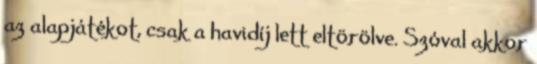
az alapjátékot, csak a havidíj lett eltörölve. Szóval akkor